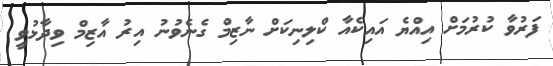
ފަރުވާ ކުރުމަށް އިއްޔެ އައިކެއާ ކްލިނިކަށް ނާޒިމް ގެނެވުނު އިރު އާޒިމް ވިދާޅުވީ